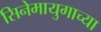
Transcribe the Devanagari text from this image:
सिनेमायुगाच्या